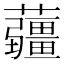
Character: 𧅁